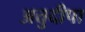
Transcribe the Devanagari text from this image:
अत्तुदीपा